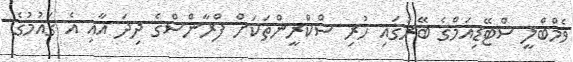
ވެމްބްލީ ސްޓޭޑިއަމްގެ ބޭރުގައި ހުރި ސްކްރީންތަކަށް ފްރާންސްގެ ދިދަ އާއި އެ ގައުމުގެ